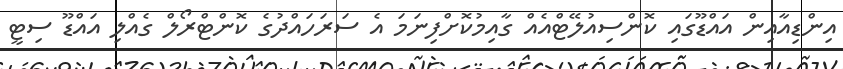
އިންޑިއާއިން އައްޑޫގައި ކޮންސިއުލޭޓްއެއް ގާއިމުކޮށްފިނަމަ އެ ސަރަހައްދުގެ ކޮންޓްރޯލް ގެއްލި އައްޑޫ ސިޓީ